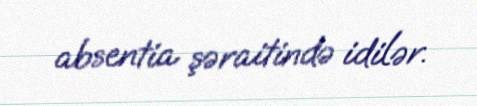
absentia şəraitində idilər.